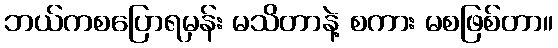
ဘယ်ကစပြောရမှန်း မသိတာနဲ့ စကား မစဖြစ်တာ။